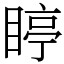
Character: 䁎